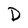
Character: D